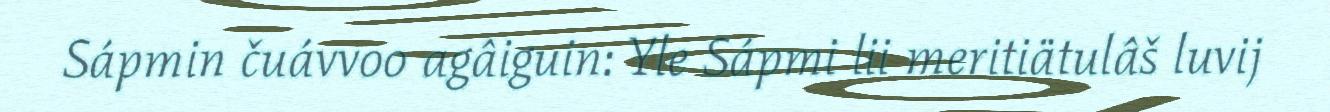
Sápmin čuávvoo agâiguin: Yle Sápmi lii meritiätulâš luvij